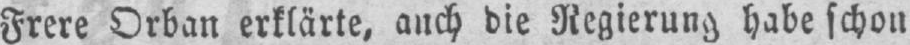
Frere Orbau erklärte, auch die Regierung habe schon